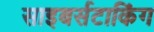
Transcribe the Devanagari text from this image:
साइबर्सटाकिंग